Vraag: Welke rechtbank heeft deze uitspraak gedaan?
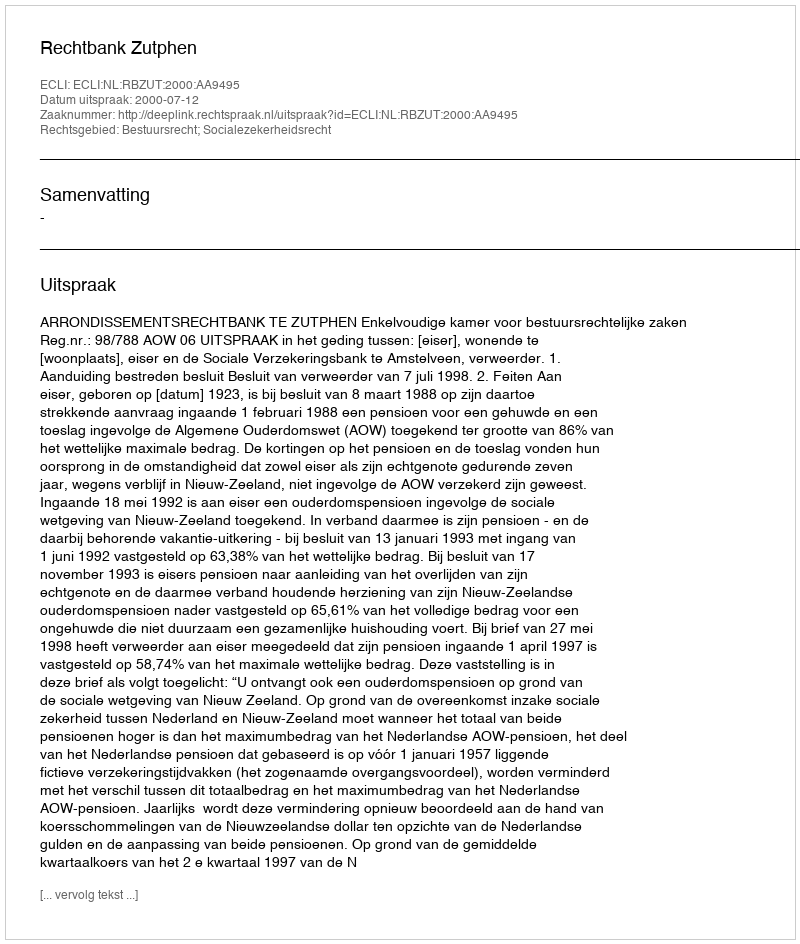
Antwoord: Rechtbank Zutphen